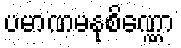
ပမာဏမနုစိဏ္ဏော